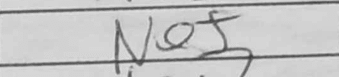
Transcription: Nef